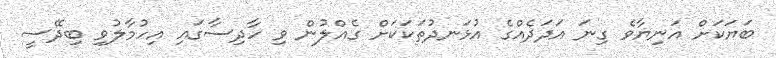
ބަޔަކަށް އަނިޔާވެ ގިނަ އަދަދެއްގެ އުޅަނދުތަކަކަށް ގެއްލުން ވި ހާދިސާގައި އިހުމާލުވި ބިދޭސީ